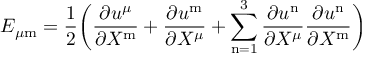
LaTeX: E _ { \mu \mathrm { m } } = { \frac { 1 } { 2 } } \biggl ( { \frac { \partial u ^ { \mu } } { \partial X ^ { \mathrm { m } } } } + { \frac { \partial u ^ { \mathrm { m } } } { \partial X ^ { \mu } } } + \sum _ { \mathrm { n } = 1 } ^ { 3 } { \frac { \partial u ^ { \mathrm { n } } } { \partial X ^ { \mu } } } { \frac { \partial u ^ { \mathrm { n } } } { \partial X ^ { \mathrm { m } } } } \biggr )